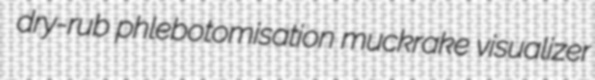
dry-rub phlebotomisation muckrake visualizer